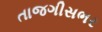
તાજગીસભર